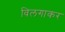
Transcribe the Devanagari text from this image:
विलगाकर